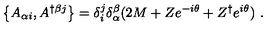
\left\{ A _ { \alpha i } , A ^ { \dagger \beta j } \right\} = \delta _ { i } ^ { j } \delta _ { \alpha } ^ { \beta } ( 2 M + Z e ^ { - i \theta } + Z ^ { \dagger } e ^ { i \theta } ) \ .